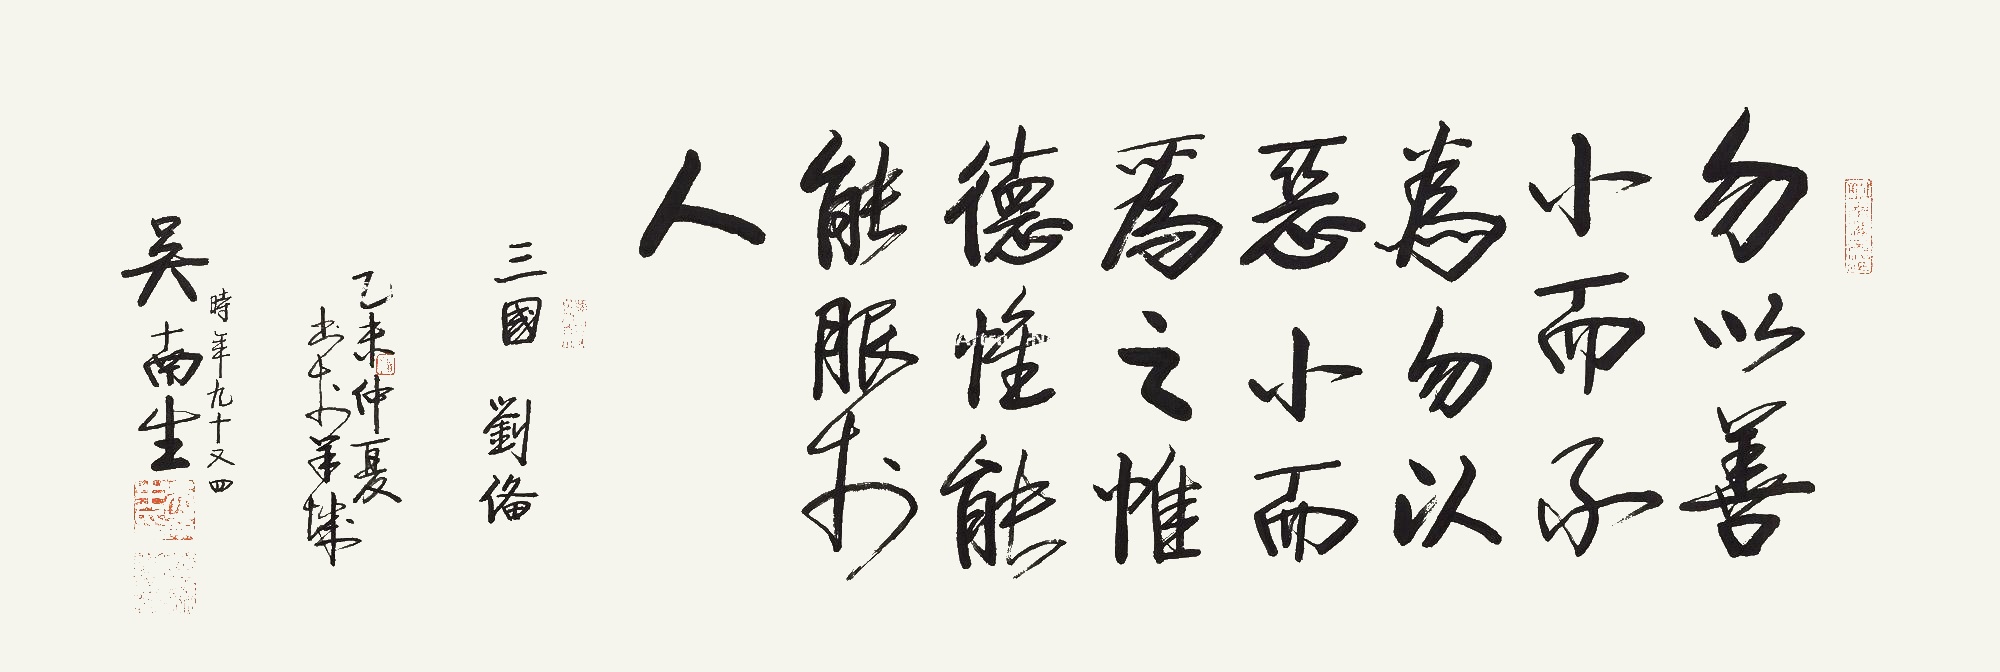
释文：勿以善小而不为，勿以恶小而为之，惟德惟能，能服于人。三国刘备。乙未仲夏，书于羊城。吴南生时年九十又四。